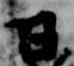
日